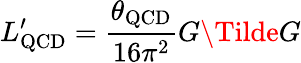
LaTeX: L_{\mathrm{QCD}}^{\prime}={\frac{\theta_{\mathrm{QCD}}}{16\pi^{2}}}G\Tilde{G}